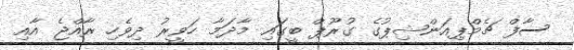
ސާފް ޗެމްޕިއަންޝިޕުގެ ގުރޫޕް ބީގައި މާދަމާ ހަވީރު ދިވެހި ރާއްޖެ އާއި